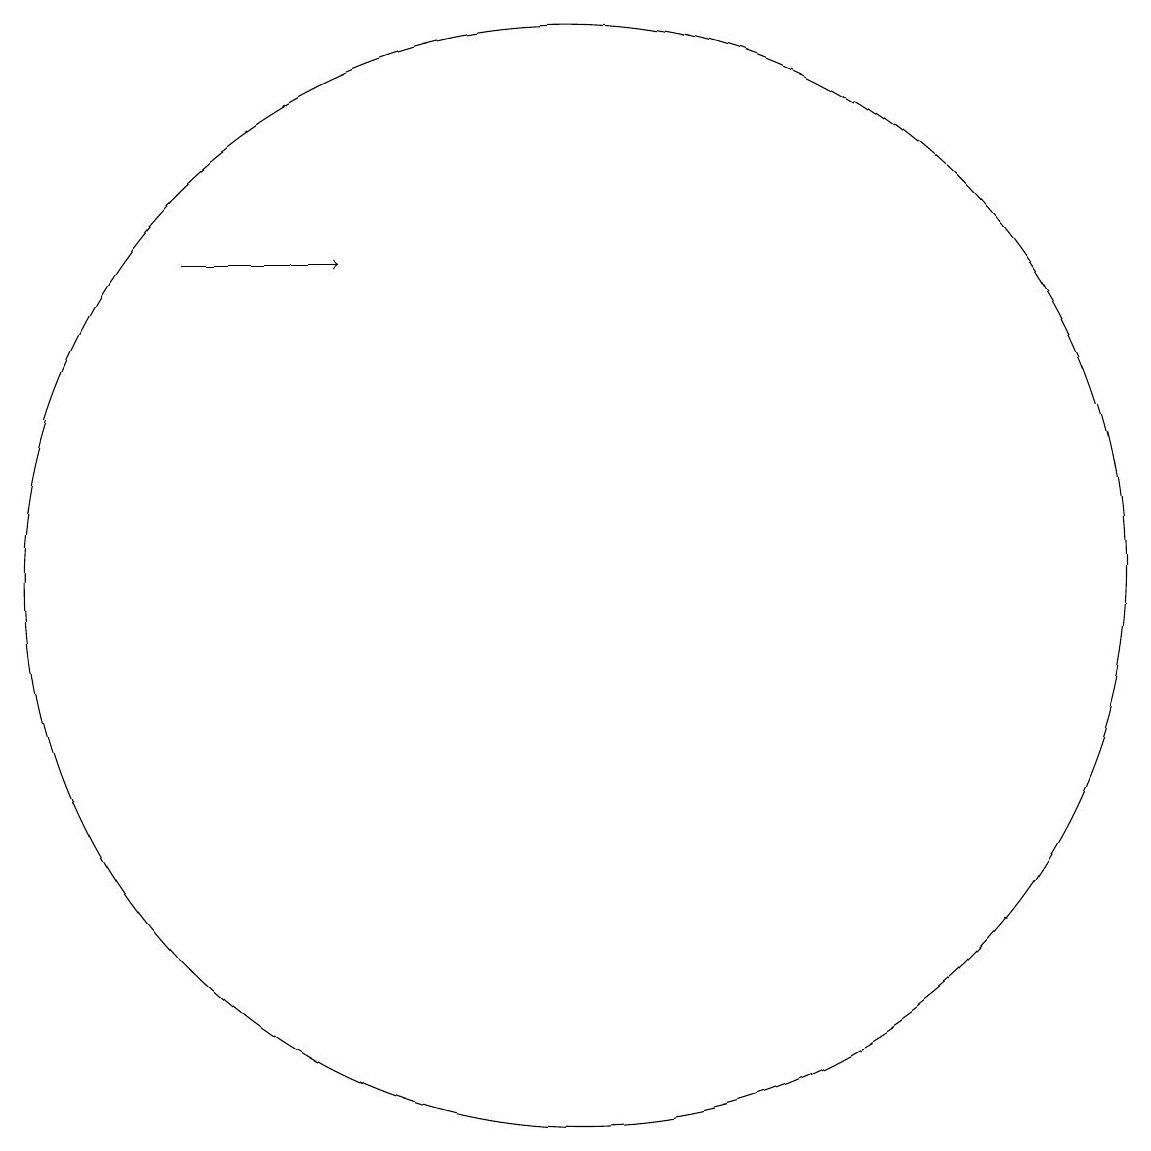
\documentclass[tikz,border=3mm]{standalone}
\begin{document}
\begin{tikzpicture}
\draw[->] (7,15) -- (9,15);
\draw (12,11) circle (7);
\draw (11,12) circle (0);
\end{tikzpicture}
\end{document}